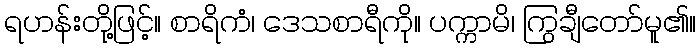
ရဟန်းတို့ဖြင့်။ စာရိကံ၊ ဒေသစာရီကို။ ပက္ကာမိ၊ ကြွချီတော်မူ၏။